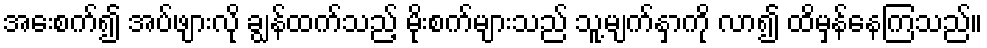
အေးစက်၍ အပ်ဖျားလို ချွန်ထက်သည့် မိုးစက်များသည် သူ့မျက်နှာကို လာ၍ ထိမှန်နေကြသည်။